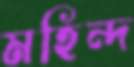
মহিন্দ